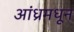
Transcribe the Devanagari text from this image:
आंध्रमधून